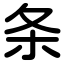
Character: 条